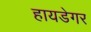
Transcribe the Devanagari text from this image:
हायडेगर